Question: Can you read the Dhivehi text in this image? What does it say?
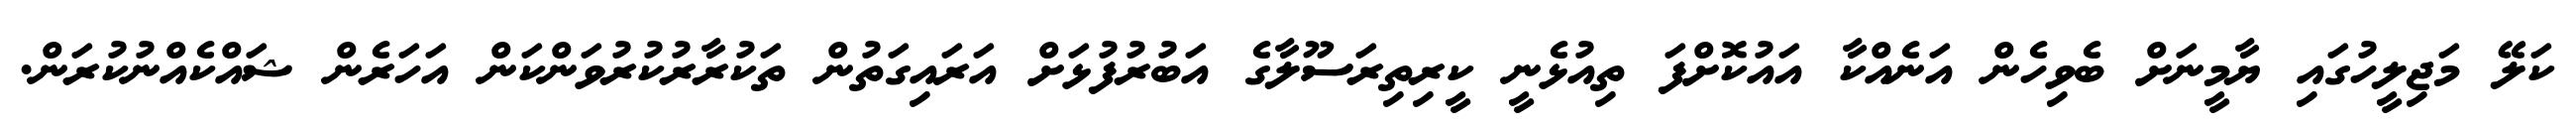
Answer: ކަލޭ މަޖިލީހުގައި ޔާމީނަށް ބެވިހެން އަނެއްކާ އައުކޮށްފަ ތިއުޅެނީ ކީރިތިރަސޫލާގެ އަބުރުފުޅަށް އަރައިގަތުން ތަކުރާރުކުރުވަންކަން އަހަރެން ޝައްކެއްނުކުރަން.